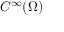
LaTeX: C ^ { \infty } ( \Omega )